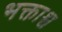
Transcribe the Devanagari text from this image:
भक्ताश्च